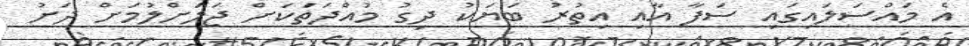
އެ މައްސަލައިގައި ސަފާ އާއި އިތުރު ބަޔަކު ދިގު މުއްދަތަކަށް ޖަލަށްލުމަށް ދަށު